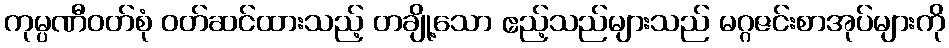
ကုမ္ပဏီဝတ်စုံ ဝတ်ဆင်ထားသည့် တချို့သော ဧည့်သည်များသည် မဂ္ဂဇင်းစာအုပ်များကို